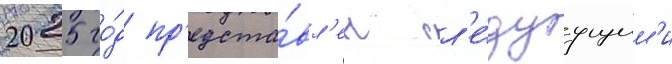
2025 го́д пр'едста́вл'ен сл'е́дуущим'и